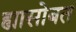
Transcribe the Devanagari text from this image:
ह्यासोबत